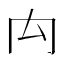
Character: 禸